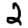
Digit: 2